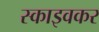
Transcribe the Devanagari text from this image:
स्काइवकर